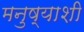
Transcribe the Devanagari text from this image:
मनुष्याशी